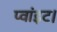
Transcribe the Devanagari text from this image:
प्‍वांइट।